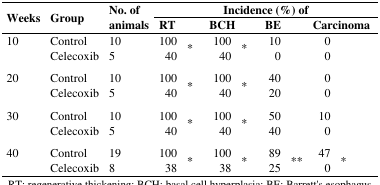
| <ROWSPAN=3> Weeks | <ROWSPAN=3> Group | <ROWSPAN=3> No. of animals | <COLSPAN=8> Incidence (%) of |
 | <COLSPAN=2> RT | <COLSPAN=2> BCH | <COLSPAN=2> BE | <COLSPAN=2> Carcinoma |
 | --- | --- | --- | --- | --- | --- | --- | --- | --- | --- | --- |
 | 10 | Control | 10 | 100 | <ROWSPAN=2> * | 100 | <ROWSPAN=2> * | 10 |  | 0 |  |
 |  | Celecoxib | 5 | 40 | 40 | 0 |  | 0 |  |
 | 20 | Control | 10 | 100 | <ROWSPAN=2> * | 100 | <ROWSPAN=2> * | 40 |  | 0 |  |
 |  | Celecoxib | 5 | 40 | 40 | 20 |  | 0 |  |
 | 30 | Control | 10 | 100 | <ROWSPAN=2> * | 100 | <ROWSPAN=2> * | 50 |  | 10 |  |
 |  | Celecoxib | 5 | 40 | 40 | 40 |  | 0 |  |
 | 40 | Control | 19 | 100 | <ROWSPAN=2> * | 100 | <ROWSPAN=2> * | 89 | <ROWSPAN=2> ** | 47 | <ROWSPAN=2> * |
 |  | Celecoxib | 8 | 38 | 38 | 25 | 0 |